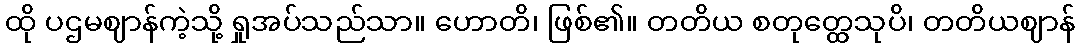
ထို ပဌမဈာန်ကဲ့သို့ ရှုအပ်သည်သာ။ ဟောတိ၊ ဖြစ်၏။ တတိယ စတုတ္ထေသုပိ၊ တတိယဈာန်